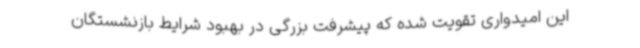
این امیدواری تقویت‌ شده که پیشرفت بزرگی در بهبود شرایط بازنشستگان